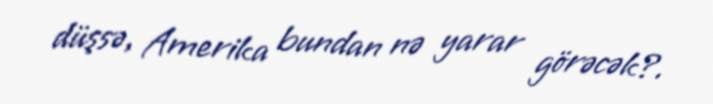
düşsə, Amerika bundan nə yarar görəcək?.